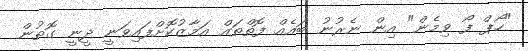
"ހޯޕް ފޯ ވިމެން" އިން ނެރުނު ބައެއް ފޮތްތައް އަމާޒުކޮށްފައިވަނީ ދީނީ ގޮތުން